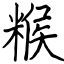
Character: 糇